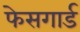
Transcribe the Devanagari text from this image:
फेसगार्ड